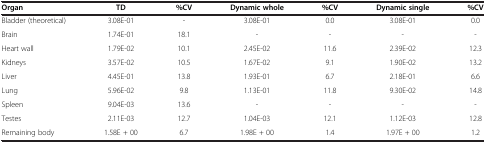
<table><thead><tr><td><b>Organ</b></td><td><b>TD</b></td><td><b>%CV</b></td><td><b>Dynamic whole</b></td><td><b>%CV</b></td><td><b>Dynamic single</b></td><td><b>%CV</b></td></tr></thead><tbody><tr><td>Bladder (theoretical)</td><td>3.08E-01</td><td>-</td><td>3.08E-01</td><td>0.0</td><td>3.08E-01</td><td>0.0</td></tr><tr><td>Brain</td><td>1.74E-01</td><td>18.1</td><td>-</td><td>-</td><td>-</td><td>-</td></tr><tr><td>Heart wall</td><td>1.79E-02</td><td>10.1</td><td>2.45E-02</td><td>11.6</td><td>2.39E-02</td><td>12.3</td></tr><tr><td>Kidneys</td><td>3.57E-02</td><td>10.5</td><td>1.67E-02</td><td>9.1</td><td>1.90E-02</td><td>13.2</td></tr><tr><td>Liver</td><td>4.45E-01</td><td>13.8</td><td>1.93E-01</td><td>6.7</td><td>2.18E-01</td><td>6.6</td></tr><tr><td>Lung</td><td>5.96E-02</td><td>9.8</td><td>1.13E-01</td><td>11.8</td><td>9.30E-02</td><td>14.8</td></tr><tr><td>Spleen</td><td>9.04E-03</td><td>13.6</td><td>-</td><td>-</td><td>-</td><td>-</td></tr><tr><td>Testes</td><td>2.11E-03</td><td>12.7</td><td>1.04E-03</td><td>12.1</td><td>1.12E-03</td><td>12.8</td></tr><tr><td>Remaining body</td><td>1.58E + 00</td><td>6.7</td><td>1.98E + 00</td><td>1.4</td><td>1.97E + 00</td><td>1.2</td></tr></tbody></table>